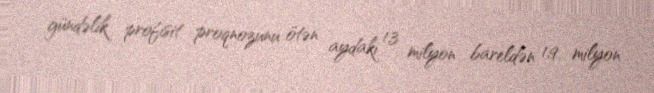
gündəlik profisit proqnozunu ötən aydakı 1,3 milyon bareldən 1,9 milyon